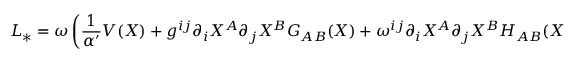
{ \cal L } _ { \ast } = \omega \left( \frac 1 { \alpha ^ { \prime } } V ( X ) + g ^ { i j } \partial _ { i } X ^ { A } \partial _ { j } X ^ { B } G _ { A B } ( X ) + \omega ^ { i j } \partial _ { i } X ^ { A } \partial _ { j } X ^ { B } H _ { A B } ( X ) + D ( X ) R + O ( \alpha ^ { \prime } ) \right) .